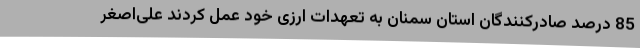
85 درصد صادرکنندگان استان سمنان به تعهدات ارزی خود عمل کردند علی‌اصغر